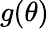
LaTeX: g(\theta)